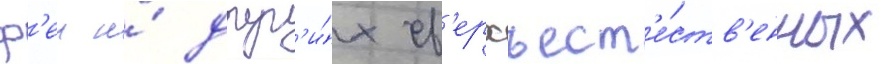
ф'еи и́ друг'и́х св'ерхъест'е́ств'енных